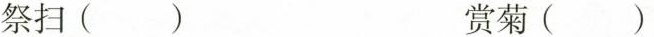
祭扫() 赏菊()